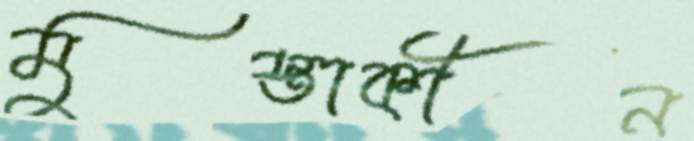
মুস্তাকীন